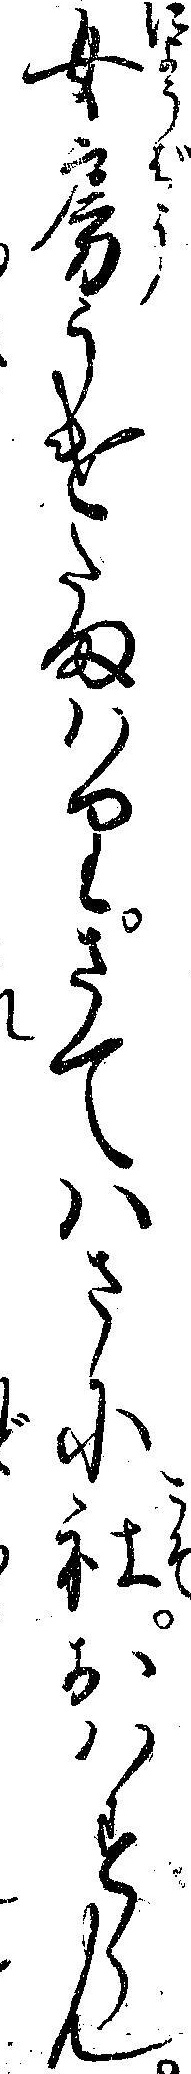
女房うけたまハりさてハさに社おハすらん